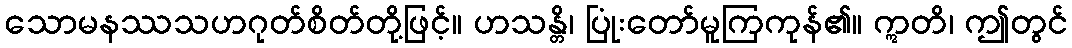
သောမနဿသဟဂုတ်စိတ်တို့ဖြင့်။ ဟသန္တိ၊ ပြုံးတော်မူကြကုန်၏။ ဣတိ၊ ဤတွင်